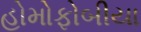
હોમોફોબીયા